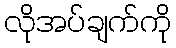
လိုအပ်ချက်ကို